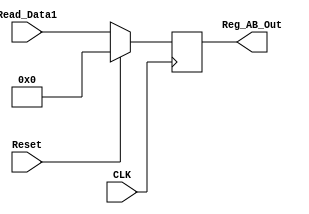
`timescale 1ns / 1ps
//////////////////////////////////////////////////////////////////////////////////
// Company: 
// Engineer: 
// 
// Design Name: 
// Module Name:    AB_Reg 
// Project Name: 
// Target Devices: 
// Tool versions: 
// Description: 
//
// Dependencies: 
//
// Revision: 
// Revision 0.01 - File Created
// Additional Comments: 
//
//////////////////////////////////////////////////////////////////////////////////
module AB_Reg(Read_Data1,CLK,Reset,Reg_AB_Out);
input [31:0] Read_Data1;
input CLK,Reset;
output reg [31:0] Reg_AB_Out;

always @ (posedge CLK)
begin
    if(Reset)
        Reg_AB_Out <= 0;
    else
        Reg_AB_Out <= Read_Data1;
end
endmodule